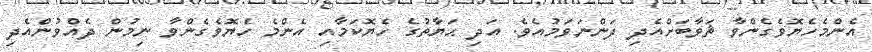
އެންމެހެޔޮވެގެންވާ ޘަވާބަށްއެދި ދަންނަވަމުއެވެ. އަދި ޙަޔާތުގެ ހެޔޮކަމާއި އެންމެ ހެޔޮވެގެންވާ ނިމުން ދެއްވުންއެދި